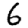
Digit: 6